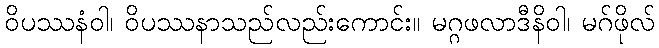
ဝိပဿနံဝါ၊ ဝိပဿနာသည်လည်းကောင်း။ မဂ္ဂဖလာဒီနိဝါ၊ မဂ်ဖိုလ်